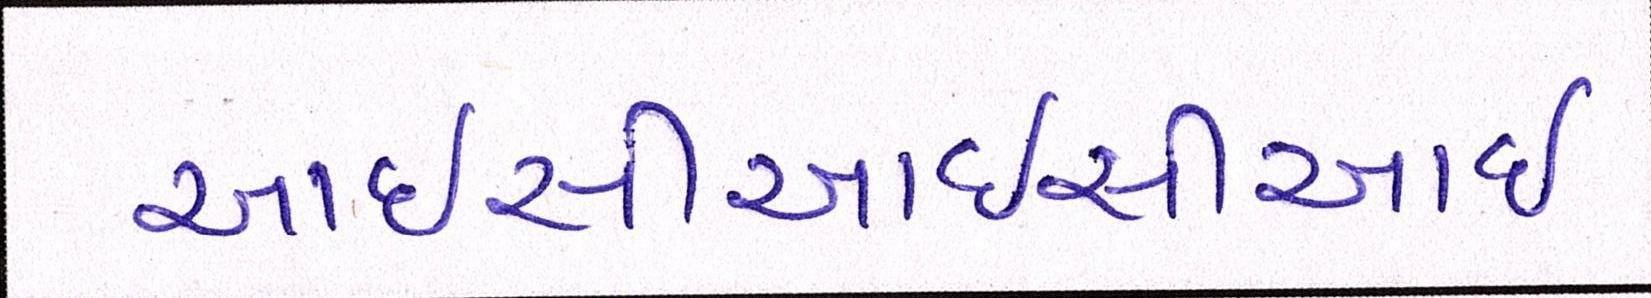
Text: આઈસીઆઈસીઆઈ